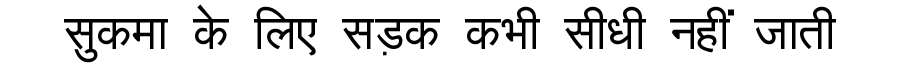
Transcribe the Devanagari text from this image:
सुकमा के लिए सड़क कभी सीधी नहीं जाती